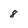
Character: 8